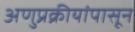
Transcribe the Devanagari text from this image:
अणुप्रक्रीयांपासून